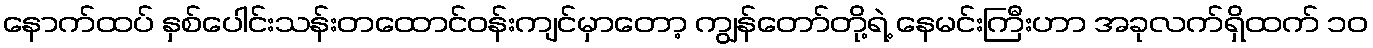
နောက်ထပ် နှစ်ပေါင်းသန်းတထောင်ဝန်းကျင်မှာတော့ ကျွန်တော်တို့ရဲ့ နေမင်းကြီးဟာ အခုလက်ရှိထက် ၁၀